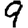
Digit: 9